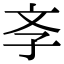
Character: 斈